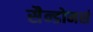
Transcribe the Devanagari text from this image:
सैन्डोमर्स